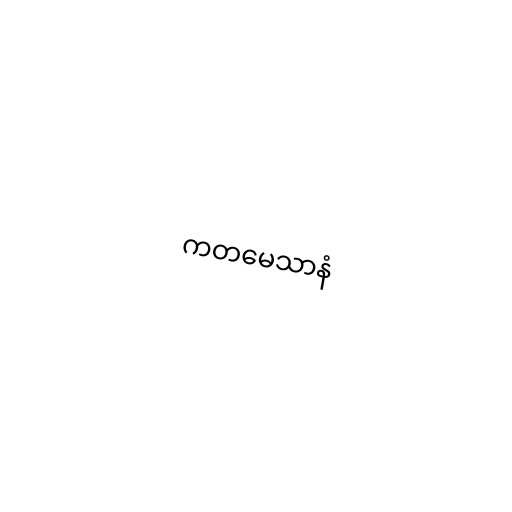
ကတမေသာနံ